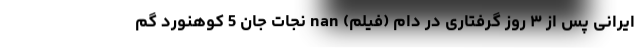
ايرانی پس از ۳ روز گرفتاری در دام (فیلم) nan نجات جان 5 کوهنورد گم